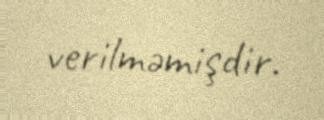
verilməmişdir.